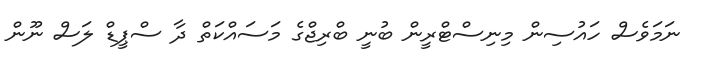
ނަމަވެސް ހައުސިން މިނިސްޓްރީން ބުނީ ބްރިޖްގެ މަސައްކަތް ދާ ސްޕީޑް ލަސް ނޫން